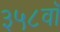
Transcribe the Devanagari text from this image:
३५८वॉ